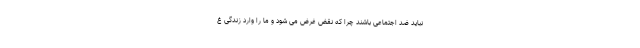
نباید ضد اجتماعی باشند چرا که نقض غرض می شود و ما را وارد زندگی غ